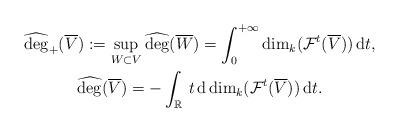
LaTeX: \begin{gather*}\widehat{\deg}_+(\overline V):=\sup_{W\subset V}\widehat{\deg}(\overline W)=\int_0^{+\infty}\dim_{k}(\mathcal F^t(\overline V))\,\mathrm{d}t,\\\widehat{\deg}(\overline V)=-\int_{\mathbb R}\,t\,\mathrm{d}\dim_k(\mathcal F^t(\overline V))\,\mathrm{d}t.\end{gather*}